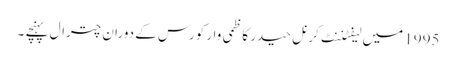
1995 میں لیفٹننٹ کرنل حیدر کاظمی وار کورس کے دوران چترال پہنچے ۔